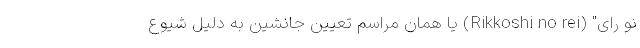
نو رای" (Rikkoshi no rei) یا همان مراسم تعیین جانشین به دلیل شیوع